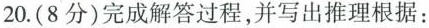
20.(8分)完成解答过程，并写出推理根据：